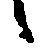
候